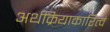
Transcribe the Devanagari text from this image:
अर्थक्रियाकारित्वं